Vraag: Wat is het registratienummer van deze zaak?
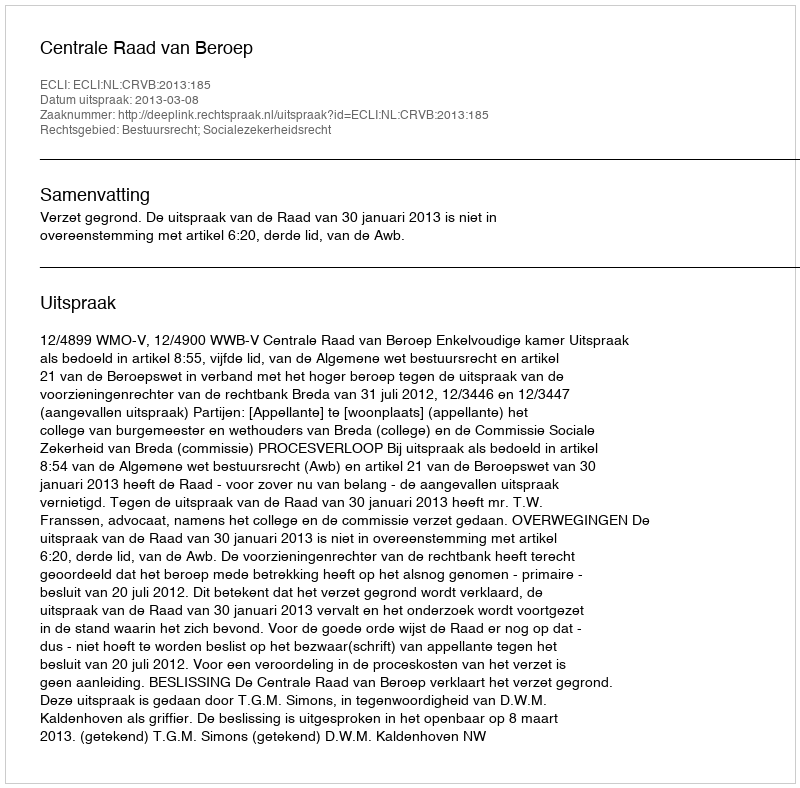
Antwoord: http://deeplink.rechtspraak.nl/uitspraak?id=ECLI:NL:CRVB:2013:185